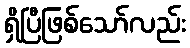
ရှိပြီဖြစ်သော်လည်း